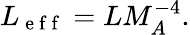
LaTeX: L_{\mathrm{~e~f~f~}}=LM_{A}^{-4}.